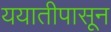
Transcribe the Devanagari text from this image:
ययातीपासून